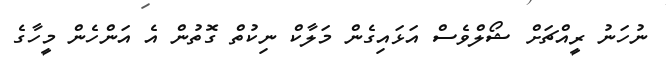
ނުހަނު ރީއްޗަށް ޝޯލްވެސް އަޅައިގެން މަލާކް ނިކުތް ގޮތުން އެ އަންހެން މީހާގެ